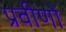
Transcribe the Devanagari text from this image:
प्रवीणों